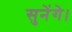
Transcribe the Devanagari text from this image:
सुनेंगे।